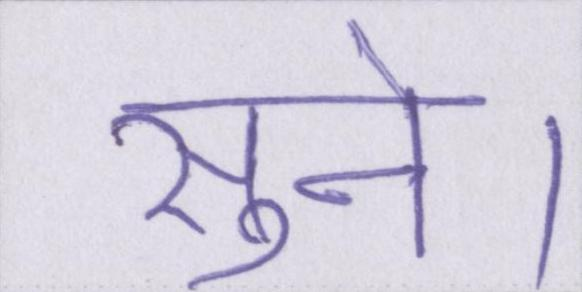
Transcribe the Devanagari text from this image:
सुने।